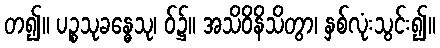
တ၍။ ပဉ္စသုခန္ဓေသု၊ ဝ်၌။ အသိဝိနိသိတွာ၊ နှစ်လုံးသွင်း၍။